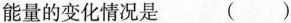
能量的变化情况是 （ ）